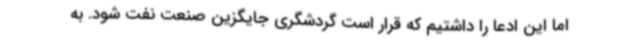
اما این ادعا را داشتیم که قرار است گردشگری جایگزین صنعت نفت شود. به